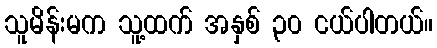
သူမိန်းမက သူ့ထက် အနှစ် ၃၀ ငယ်ပါတယ်။